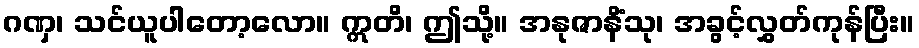
ဂဏှ၊ သင်ယူပါတော့လော။ ဣတိ၊ ဤသို့။ အနုဇာနိံသု၊ အခွင့်လွှတ်ကုန်ပြီး။